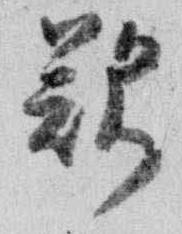
歎